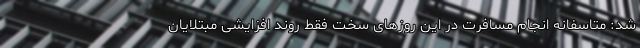
شد: متاسفانه انجام مسافرت در این روزهای سخت فقط روند افزایشی مبتلایان